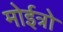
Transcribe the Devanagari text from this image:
मोईत्रो